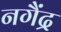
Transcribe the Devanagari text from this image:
नगैंद्र